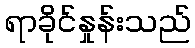
ရာခိုင်နှုန်းသည်